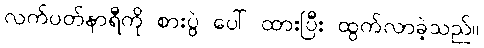
လက်ပတ်နာရီကို စားပွဲ ပေါ် ထားပြီး ထွက်လာခဲ့သည်။